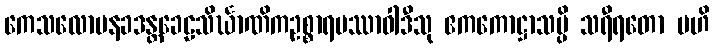
ကေသလောမနခဒန္တခေဠသိင်္ဃာဏိကဥစ္စာရပဿာဝါဒီသု ဧကကောဋ္ဌာသမ္ပိ သရီရတော ဗဟိ